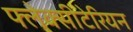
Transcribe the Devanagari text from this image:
फ्लेक्सीटेरियन